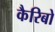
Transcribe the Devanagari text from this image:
कैरिबो